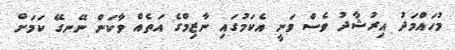
މުހައްމަދު އިރުޝާދު ވެސް ވަނީ އެކަމުގައި ނާޒިމްގެ އަތެއް ވާކަން ނޭނގޭ ކަމަށް